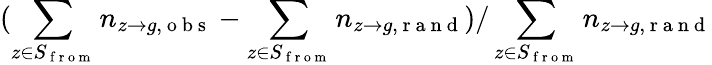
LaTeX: (\sum_{z\in S_{\mathrm{~f~r~o~m~}}}n_{z\to g,\mathrm{~o~b~s~}}-\sum_{z\in S_{\mathrm{~f~r~o~m~}}}n_{z\to g,\mathrm{~r~a~n~d~}})/\sum_{z\in S_{\mathrm{~f~r~o~m~}}}n_{z\to g,\mathrm{~r~a~n~d~}}